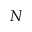
N